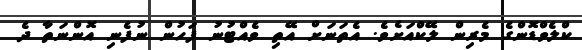
ކްލެވްޑޮންގެ މެރިން ލޭކްއަށެވެ. އެތަނަށް އޭތި ވެއްޓުނު ފަހުން ނުފެނި އޮންނަތާ ދެ